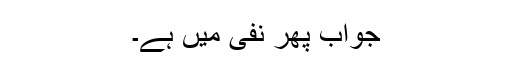
جواب پھر نفی میں ہے۔